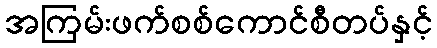
အကြမ်းဖက်စစ်ကောင်စီတပ်နှင့်